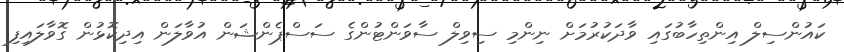
ކައުންސިލް އިންތިހާބުގައި ވާދަކުރުމަށް ނިންމި ސިވިލް ސާވަންޓުންގެ ސަސްޕެންޝަން އުވާލަން އިދިކޮޅުން ގޮވާލައިފި